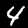
Label: 4